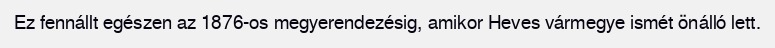
Ez fennállt egészen az 1876-os megyerendezésig, amikor Heves vármegye ismét önálló lett.